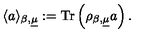
\langle a \rangle _ { \beta , \underline { { \mu } } } : = \mathrm { T r } \left( \rho _ { \beta , \underline { { \mu } } } a \right) .